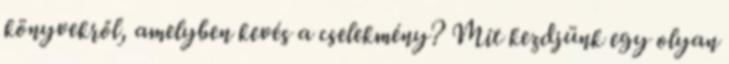
könyvekről, amelyben kevés a cselekmény? Mit kezdjünk egy olyan